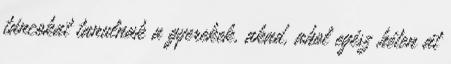
táncokat tanulnak a gyerekek, akad, ahol egész héten át